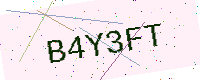
Text: B4Y3FT